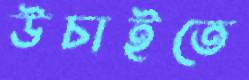
উচাইতে